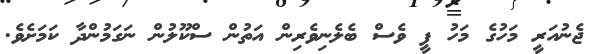
ޖެނުއަރީ މަހުގެ މަހު ފީ ވެސް ބެލެނިވެރިން އަތުން ސްކޫލުން ނަގަމުންދާ ކަމަށެވެ.